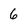
Character: 6